Treatise on elephants
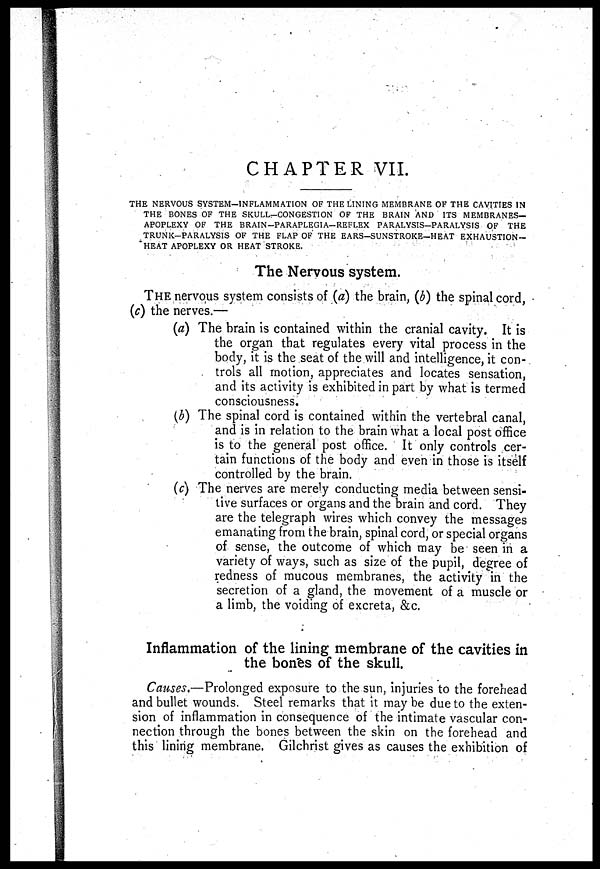
CHAPTER VII.
THE NERVOUS SYSTEM-INFLAMMATION OF THE LINING MEMBRANE OF THE CAVITIES IN
THE BONES OF THE SKULL-CONGESTION OF THE BRAIN AND ITS MEMBRANES-
APOPLEXY OF THE BRAIN-PARAPLEGIA-REFLEX PARALYSIS—PARALYSIS OF THE
TRUNK-PARALYSIS OF THE FLAP OF THE EARS-SUNSTROKE—HEAT EXHAUSTION-
HEAT APOPLEXY OR HEAT STROKE.
The Nervous system.
THE nervous system consists of (a) the brain, (b) the spinal cord,
(c) the nerves.—
(a) The brain is contained within the cranial cavity. It is
the organ that regulates every vital process in the
body, it is the seat of the will and intelligence, it con-
trols all motion, appreciates and locates sensation,
and its activity is exhibited in part by what is termed
consciousness.
(b) The spinal cord is contained within the vertebral canal,
and is in relation to the brain what a local post office
is to the general post office. It only controls cer-
tain functions of the body and even in those is itself
controlled by the brain.
(c) The nerves are merely conducting media between sensi-
tive surfaces or organs and the brain and cord. They
are the telegraph wires which convey the messages
emanating from the brain, spinal cord, or special organs
of sense, the outcome of which may be seen in a
variety of ways, such as size of the pupil, degree of
redness of mucous membranes, the activity in the
secretion of a gland, the movement of a muscle or
a limb, the voiding of excreta, &c.
Inflammation of the lining membrane of the cavities in
the bones of the skull.
Causes.—Prolonged exposure to the sun, injuries to the forehead
and bullet wounds. Steel remarks that it may be due to the exten-
sion of inflammation in consequence of the intimate vascular con-
nection through the bones between the skin on the forehead and
this lining membrane. Gilchrist gives as causes the exhibition of